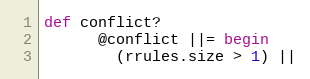
Language: Ruby
def conflict?
      @conflict ||= begin
        (rrules.size > 1) ||